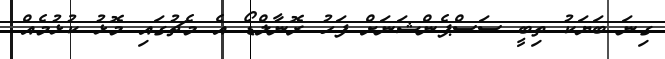
ގިނަ ބަޔަކު ތިބީ ސަސްޕެންޝަނަށް ފަހު ރޮނާލްޑޯ އެ މެޗުގައި މޮޅު ކުޅުމެއް